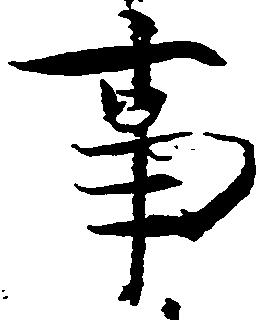
事